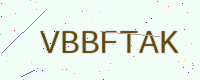
Text: VBBFTAK